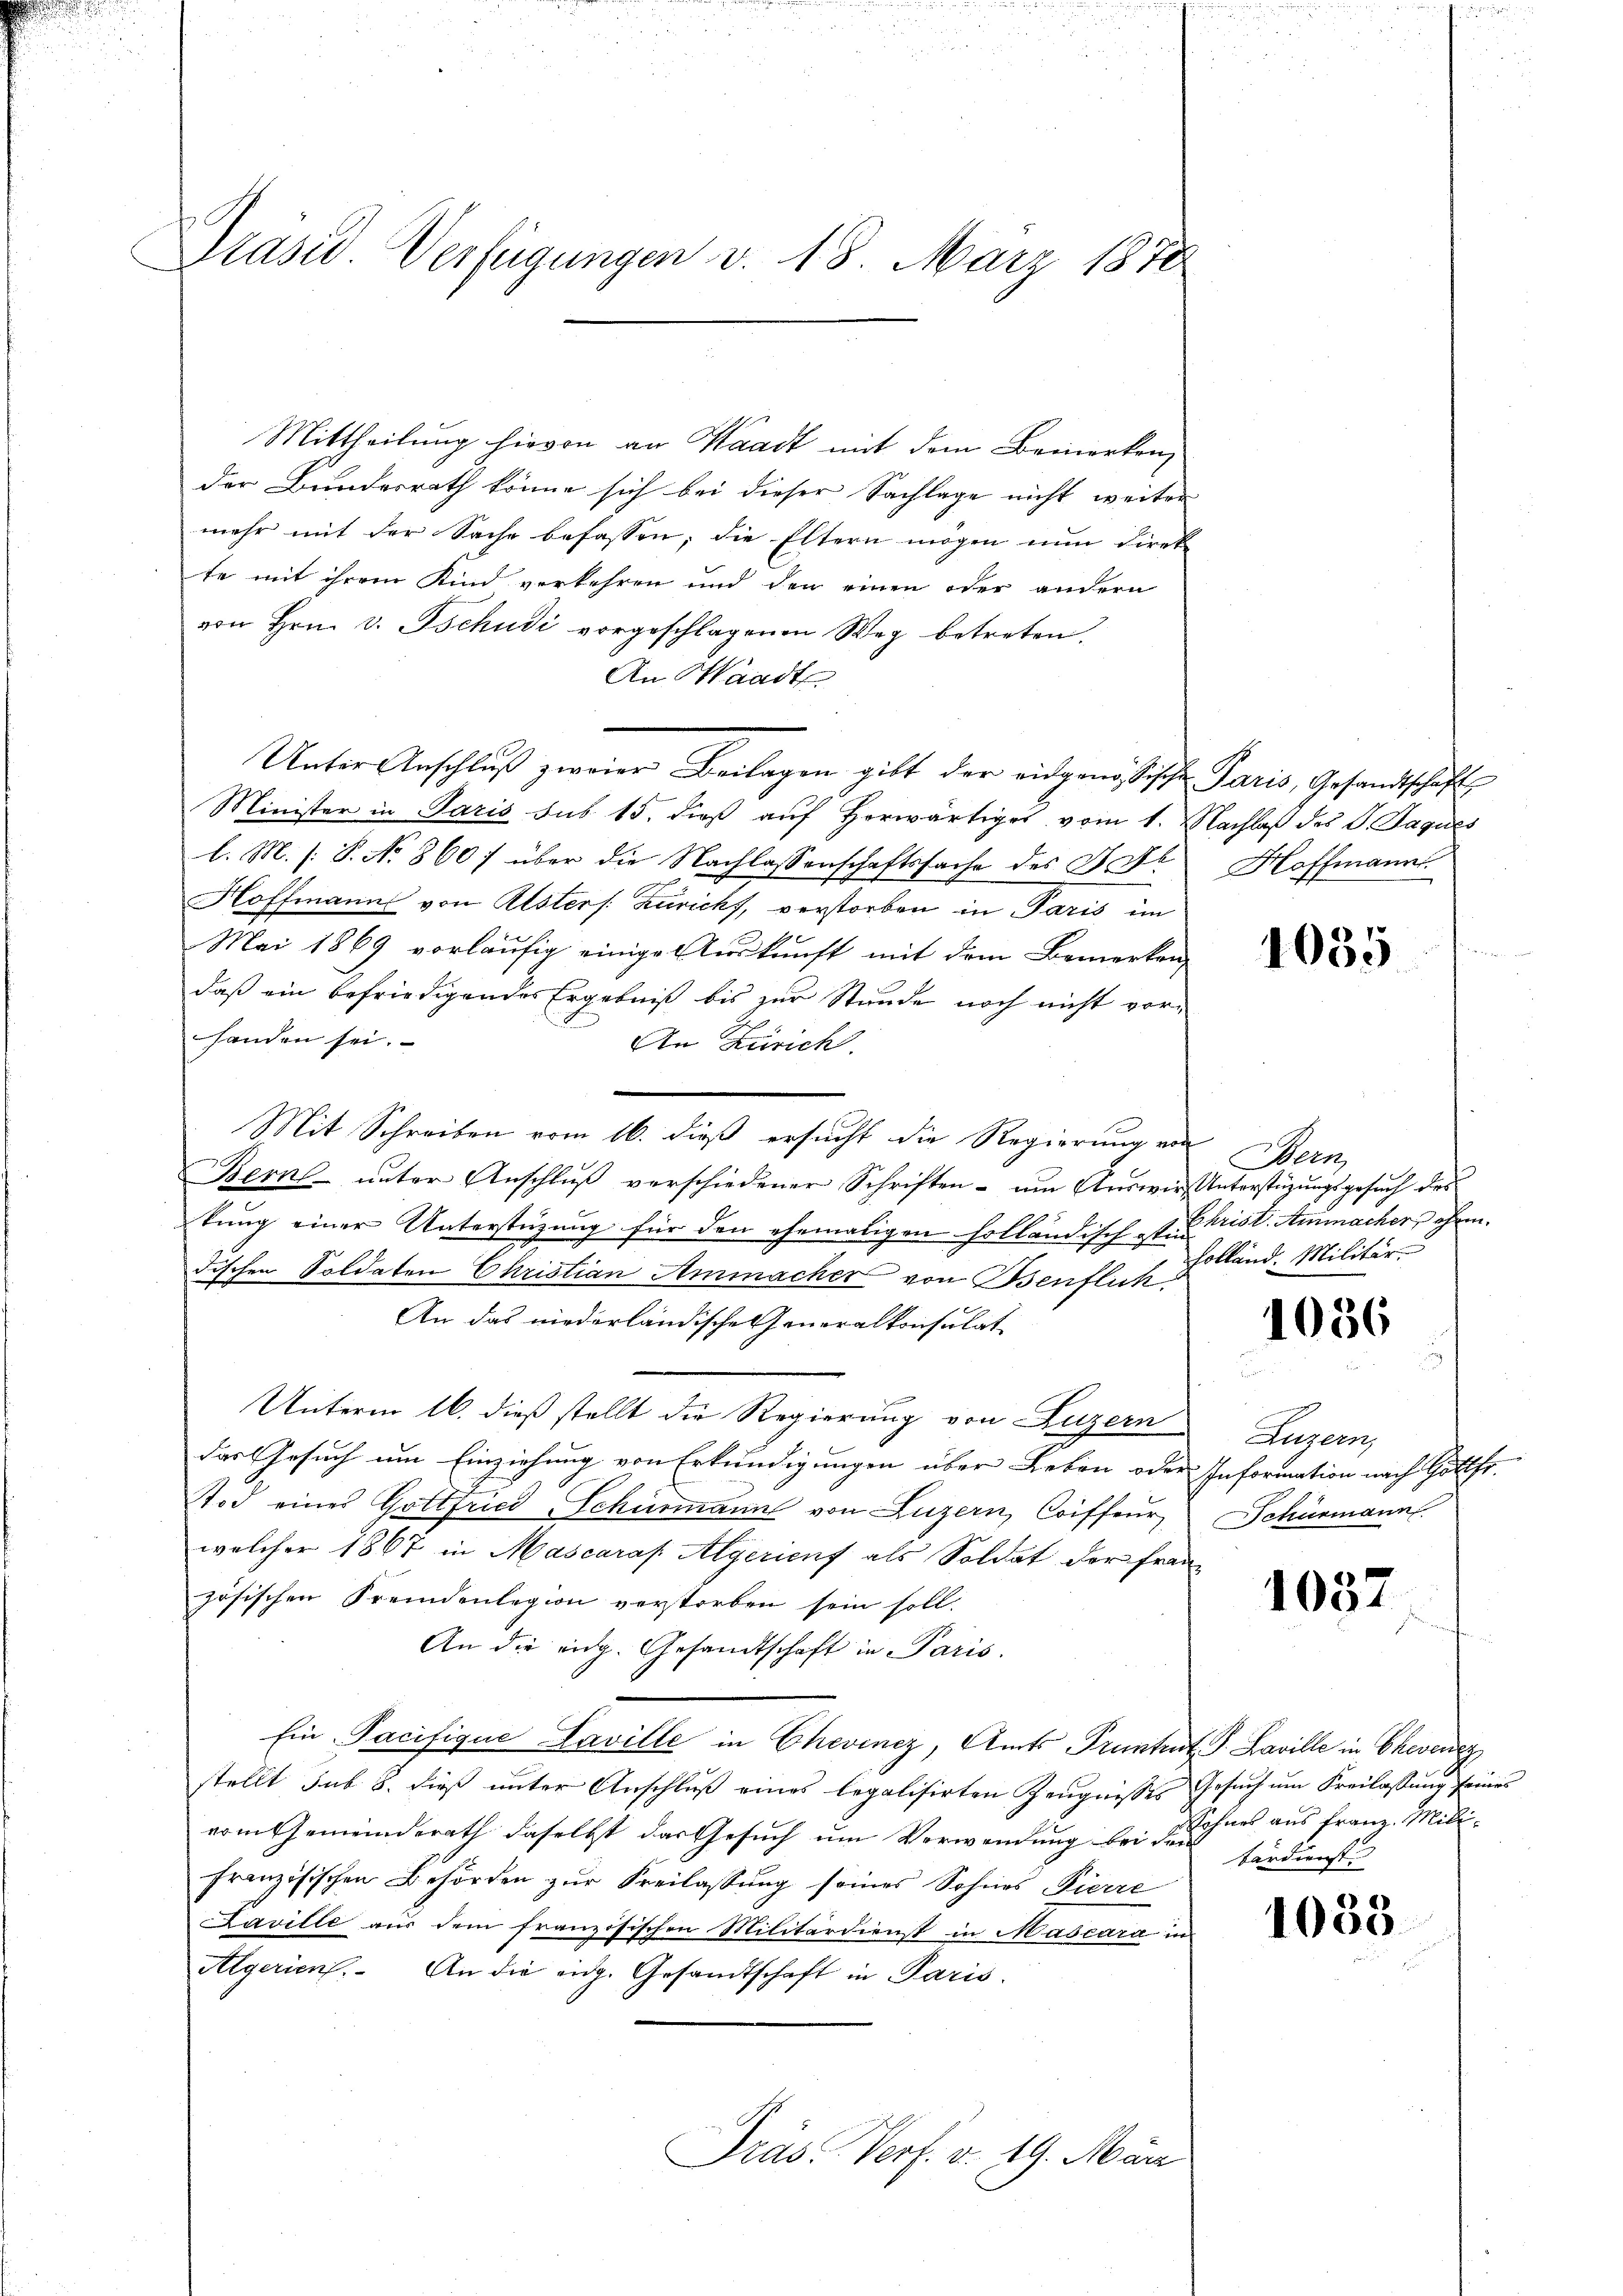
Präsid Verfügungen v. 18. März 1878

Mittheilung hievon an Waadt mit dem Bemerken
der Bundesrath könne sich bei dieser Sachlage nicht weiter
mehr mit der Sache befassen; die Eltern mögen nun direk
te mit ihrem Kind verkehren und den einen oder andern
von Hrn. v. Tschudi vorgeschlagenen Weg betreten.
An Waadt
Unter Anschluß zweier Beilagen gibt der eidgenössischen Paris, Gesandtschaft
Minister in Paris sub 15. dieß auf herwärtiges vom 1. Nachlaß des J. Jaques
l. M. (: P. No 860/ über die Nachlassenschaftssache des Bote
Hoffmanns von Alsters: Zuricht, verstorben in Paris im
Mai 1869 vorläufig einige Auskunft mit dem Bemerken
daß ein befriedigendes Ergebniß bis zur Stunde noch nicht vorhanden sei.
An Zürich.
Bern ŭnter Anschlŭβ verschiedener Schriften ŭm Aŭswir Unterstützŭngsgesŭch des
kung einer Unterstüzung für den ehemaligen holländisch ist. Frist. Ammacher, ehem.
dischen Soldaten Christian Ammacher von Benflich
An das niederländische Generalkonsulat
Unterm 16. dieß stellt die Regierung von Luzern
das Gesuch um Einziehung von Erkundigungen über Leben oder Information nach Gottfr.
Tod eines Gottfried Schürmann von Luzern, Coiffeur
welcher 1867 in Mascaraf Algerient als Soldat der Franz
zösischen Fremdenlegion verstorben sein soll.
An die eidg. Gesandtschaft in Paris.
Ein Pacifique Laville in Chevinez, Amts Pruntrut J. Laville in Ehevenez
stellt sub. 8. dieß unter Anschluß eines legalisirten Zeugnisses Gesuch um Freilassung seines
vom Gemeinderath daselbst das Gesuch um Verwendung bei Richtes aus Franz. Mili-
französischen Behörden zŭr Freilassŭng seines Sohnes Pierre
Paville aus dem französischen Militärdienst in Mascara in
Algerien. An die eidg. Gesandtschaft in Paris.
Dräs. Verf. v. 19. März

Mit Schreiben vom 16. dieß ersucht die Regierung von

Hoffmann

1035

Bern,
holländ. Militär

1036

Luzern,
Schurmann

1037

bardienst |

1033